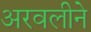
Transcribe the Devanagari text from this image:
अरवलीने